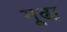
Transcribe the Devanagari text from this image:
मूढा़